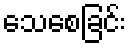
သေစေခြင်း